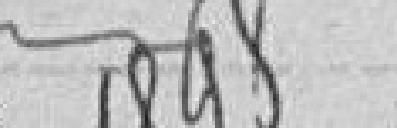
1898